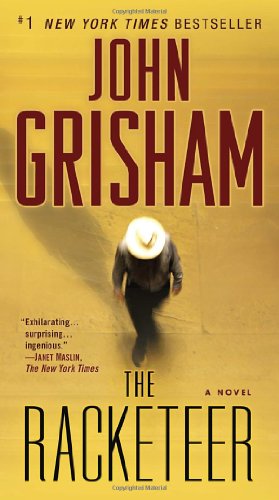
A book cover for The Racketeer: A Novel; John Grisham; Mystery, Thriller & Suspense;